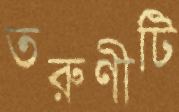
তরুণীটি